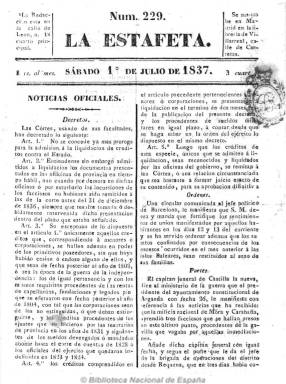
Título: La Estafeta (Madrid. 1837)
Colección: Periódicos anteriores a 1850
Ámbito geográfico: Madrid
Lugar de publicación: Madrid
Fechas: 01/07/1837-09/05/1838

Primer diario ajeno a la política y dedicado exclusivamente a ofrecer noticias nacionales y de provincias y extranjeras, siendo muchas de ellas extractos de otros periódicos. También informó sobre las actividades de las Cortes y de la guerra carlista. Empezó a publicarse el 15 de noviembre de 1836, y el 9 de mayo de 1838 empezó a editarse conjuntamente con el periódico literario-político y satírico Nosotros (1838), terminando por ser absorbida por este.

La estafeta se publicaba todos los días y tiraba dos ediciones, una matutina y otra vespertina, cuatro días a la semana. De cuatro páginas e imprenta propia, su editor responsable es Francisco de Paula Mellado, un impresor y escritor dedicado también a la edición de publicaciones periódicas.